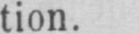
tion.